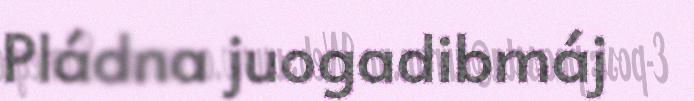
Pládna juogadibmáj